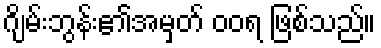
ဂျိမ်းဘွန်း၏အမှတ် ဝဝရ ဖြစ်သည်။